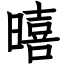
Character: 暿